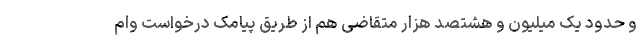
و حدود یک میلیون و هشتصد هزار متقاضی هم از طریق پیامک درخواست وام